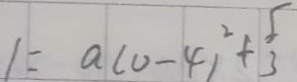
1 = a ( 0 - 4 ) ^ { 2 } + \frac { 5 } { 3 }